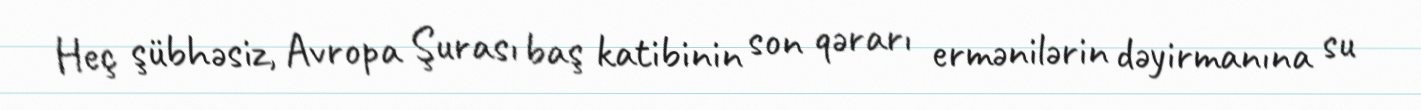
Heç şübhəsiz, Avropa Şurası baş katibinin son qərarı ermənilərin dəyirmanına su